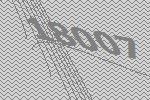
18007